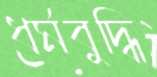
ধর্মবুদ্ধি